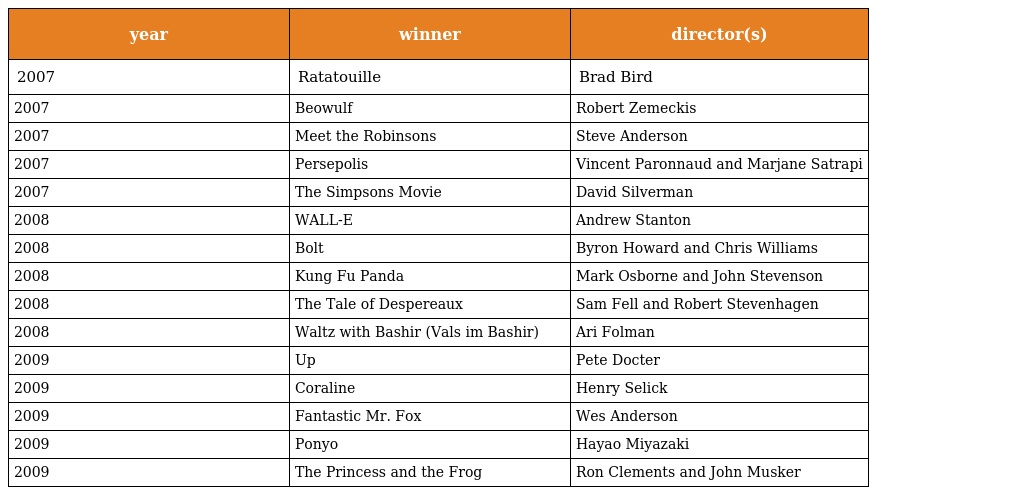
| year | winner | director(s) |
 | --- | --- | --- |
 | 2007 | Ratatouille | Brad Bird |
 | 2007 | Beowulf | Robert Zemeckis |
 | 2007 | Meet the Robinsons | Steve Anderson |
 | 2007 | Persepolis | Vincent Paronnaud and Marjane Satrapi |
 | 2007 | The Simpsons Movie | David Silverman |
 | 2008 | WALL-E | Andrew Stanton |
 | 2008 | Bolt | Byron Howard and Chris Williams |
 | 2008 | Kung Fu Panda | Mark Osborne and John Stevenson |
 | 2008 | The Tale of Despereaux | Sam Fell and Robert Stevenhagen |
 | 2008 | Waltz with Bashir (Vals im Bashir) | Ari Folman |
 | 2009 | Up | Pete Docter |
 | 2009 | Coraline | Henry Selick |
 | 2009 | Fantastic Mr. Fox | Wes Anderson |
 | 2009 | Ponyo | Hayao Miyazaki |
 | 2009 | The Princess and the Frog | Ron Clements and John Musker |